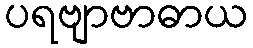
ပရဗျာဗာဓာယ